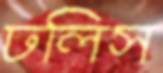
ঢলিস